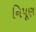
નિપૂણ